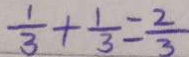
\frac { 1 } { 3 } + \frac { 1 } { 3 } = \frac { 2 } { 3 }